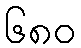
၆၈၀